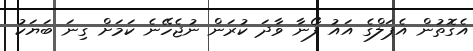
އެގޮތުން އެޕަލްގެ އައު ފޯނާ ވާދަ ކުރަން ނުޖެހޭނެ ކަމަށް ގިނަ ބަޔަކު